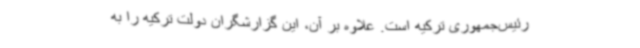
رئیس‌جمهوری ترکیه است. علاوه بر آن، این گزارشگران دولت ترکیه را به